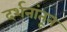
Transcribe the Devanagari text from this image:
दर्शनांतून